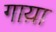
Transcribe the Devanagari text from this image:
गाय़ा